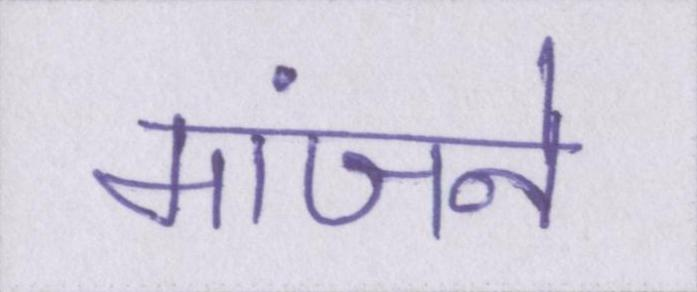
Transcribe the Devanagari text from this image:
मांजने